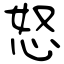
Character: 怒